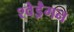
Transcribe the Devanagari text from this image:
श्वेड्रैगन